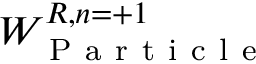
W _ { \mathrm { ~ P ~ a ~ r ~ t ~ i ~ c ~ l ~ e ~ } } ^ { R , n = + 1 }